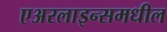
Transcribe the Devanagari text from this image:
एअरलाइन्समधील